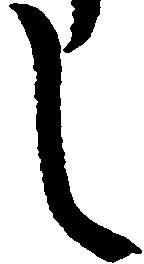
し